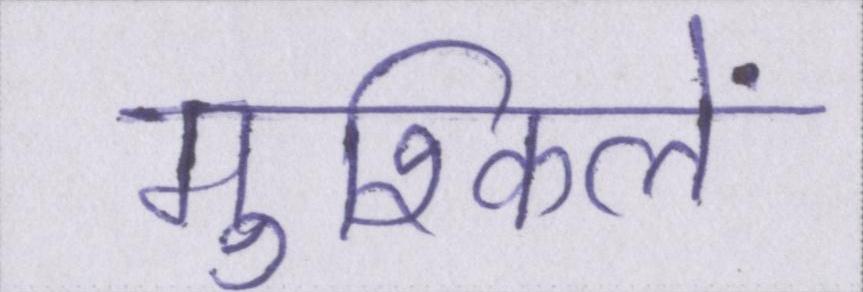
मुश्किलें